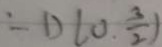
\therefore D ( 0 , \frac { 3 } { 2 } )